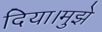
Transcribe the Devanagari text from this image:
दिया।मुझे